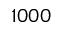
1 0 0 0